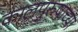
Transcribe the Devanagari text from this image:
कालपुरुषाच्या